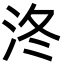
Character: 泈